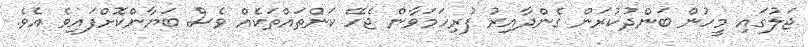
ޖަލުގައި މީހުން ބަންދުކުރަން ގެންދާއިރު ފުރިހަމަވާން ޖެހޭ ކަންތައްތަކެއް ވެސް ބަޔާންކޮށްފައިވެ އެވެ.